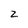
Character: z